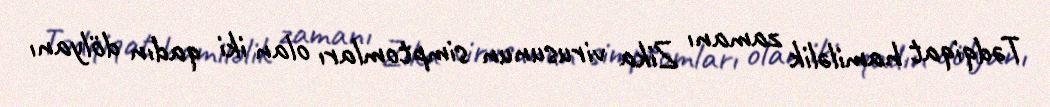
Tədqiqat hamiləlik zamanı Zika virusunun simptomları olan iki qadın dölyanı